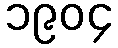
၁၉၀၄